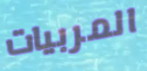
المربيات